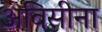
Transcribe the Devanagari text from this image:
अविसीना